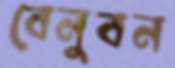
বেনুবন